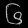
Digit: ၆